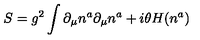
S = g ^ { 2 } \int \partial _ { \mu } n ^ { a } \partial _ { \mu } n ^ { a } + i \theta H ( n ^ { a } )